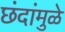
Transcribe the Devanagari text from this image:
छंदांमुळे